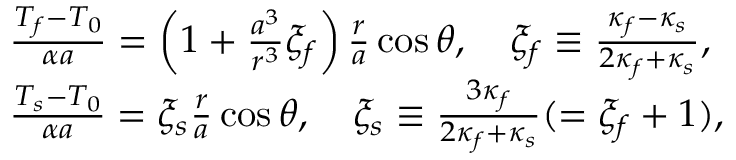
\begin{array} { r l } & { \frac { T _ { f } - T _ { 0 } } { \alpha a } = \left( 1 + \frac { a ^ { 3 } } { r ^ { 3 } } \xi _ { f } \right) \frac { r } { a } \cos \theta , \quad \xi _ { f } \equiv \frac { \kappa _ { f } - \kappa _ { s } } { 2 \kappa _ { f } + \kappa _ { s } } , } \\ & { \frac { T _ { s } - T _ { 0 } } { \alpha a } = \xi _ { s } \frac { r } { a } \cos \theta , \quad \xi _ { s } \equiv \frac { 3 \kappa _ { f } } { 2 \kappa _ { f } + \kappa _ { s } } ( = \xi _ { f } + 1 ) , } \end{array}